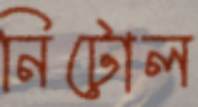
নিটোল